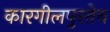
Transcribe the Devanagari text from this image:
कारगीलपुरतेच